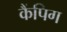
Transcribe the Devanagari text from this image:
कैंपिग